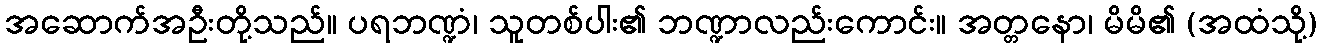
အဆောက်အဦးတို့သည်။ ပရဘဏ္ဍံ၊ သူတစ်ပါး၏ ဘဏ္ဍာလည်းကောင်း။ အတ္တနော၊ မိမိ၏ (အထံသို့)